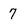
Character: 7